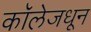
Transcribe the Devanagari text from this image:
कॉलेजधून